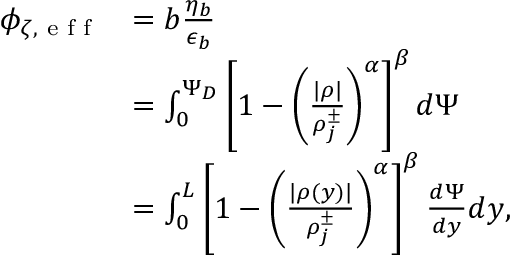
\begin{array} { r l } { \phi _ { \zeta , \textrm { e f f } } } & { = b \frac { \eta _ { b } } { \epsilon _ { b } } } \\ & { = \int _ { 0 } ^ { \Psi _ { D } } \left[ 1 - \left( \frac { | \rho | } { \rho _ { j } ^ { \pm } } \right) ^ { \alpha } \right] ^ { \beta } d \Psi } \\ & { = \int _ { 0 } ^ { L } \left[ 1 - \left( \frac { | \rho ( y ) | } { \rho _ { j } ^ { \pm } } \right) ^ { \alpha } \right] ^ { \beta } \frac { d \Psi } { d y } d y , } \end{array}